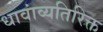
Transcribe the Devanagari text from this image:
धावांव्यतिरिक्त